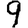
Digit: 9